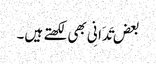
بعض تَدَانِی بھی لکھتے ہیں۔